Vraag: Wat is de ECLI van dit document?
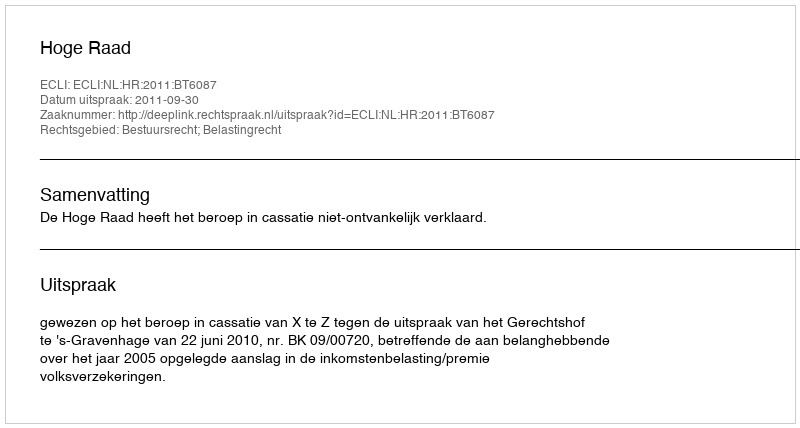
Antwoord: ECLI:NL:HR:2011:BT6087